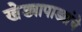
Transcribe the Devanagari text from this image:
खेड्यापाड्यांचे